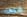
هناك